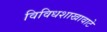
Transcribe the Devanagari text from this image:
विविधशाखावाटे